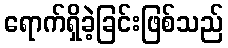
ရောက်ရှိခဲ့ခြင်းဖြစ်သည်